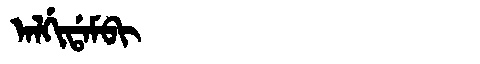
Manchu: ᠠᠯᡤᡳᡩᠠᠮᠪᡳ
Romanization: ALGIDAMBI